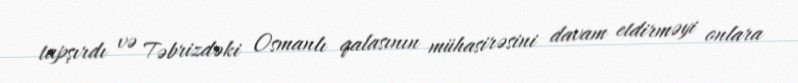
tapşırdı və Təbrizdəki Osmanlı qalasının mühasirəsini davam etdirməyi onlara